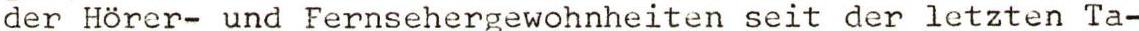
der Hörer- und Fernsehergewohnheiten seit der letzten Ta-